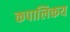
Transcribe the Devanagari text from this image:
कपालिकय